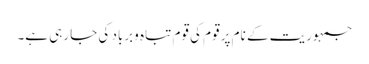
جمہوریت کے نام پر قوم کی قوم تباہ وبرباد کی جا رہی ہے۔